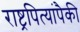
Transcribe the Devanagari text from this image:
राष्ट्रपित्यांपैकी